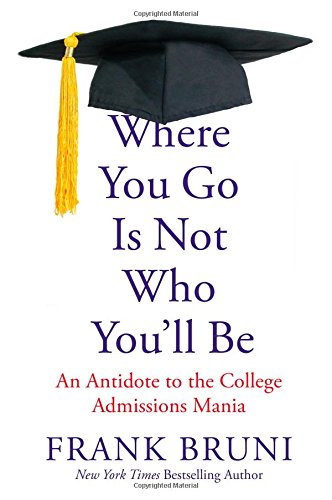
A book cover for Where You Go Is Not Who You'll Be: An Antidote to the College Admissions Mania; Frank Bruni; Self-Help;